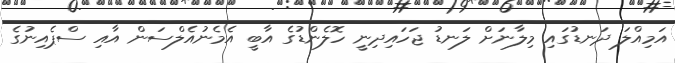
އަމިއްލަ ދަނޑުގައި މިލާނަށް ލަނޑު ޖަހައިދިނީ ހޮލެންޑުގެ އާބީ އެމެނުއެލްސަން އާއި ސްޕެއިނުގެ